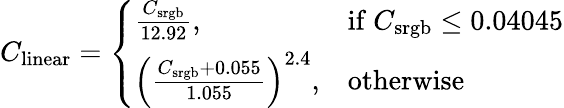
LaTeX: C_{\mathrm{linear}}={\left\{ \begin{array}{ll}{{\frac{C_{\mathrm{srgb}}}{12.92}},}&{{\mathrm{if~}}C_{\mathrm{srgb}}\leq 0.04045}\\ {\left({\frac{C_{\mathrm{srgb}}+0.055}{1.055}}\right)^{2.4},}&{{\mathrm{otherwise}}}\end{array}\right.}